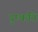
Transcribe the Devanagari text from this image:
दुष्‍कति